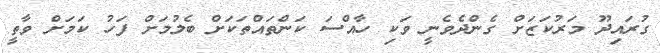
ގުރައިދޫ މަރުކަޒަށް ގެންދެވެނީ ވަކި ހާއްސަ ކަންތައްތަކަށް ބެލުމަށް ފަހު ކަމަށް ވާތީ